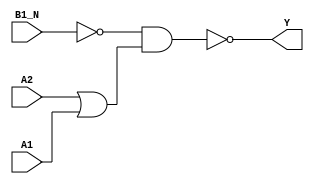
module sky130_fd_sc_ls__o21bai (
    Y   ,
    A1  ,
    A2  ,
    B1_N
);

    // Module ports
    output Y   ;
    input  A1  ;
    input  A2  ;
    input  B1_N;

    // Local signals
    wire b          ;
    wire or0_out    ;
    wire nand0_out_Y;

    //   Name   Output       Other arguments
    not  not0  (b          , B1_N           );
    or   or0   (or0_out    , A2, A1         );
    nand nand0 (nand0_out_Y, b, or0_out     );
    buf  buf0  (Y          , nand0_out_Y    );

endmodule